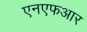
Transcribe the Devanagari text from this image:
एनएफआर